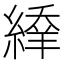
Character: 𦃱